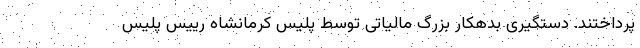
پرداختند. دستگیری بدهکار بزرگ مالیاتی توسط پلیس کرمانشاه رییس پلیس